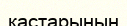
қастарының